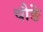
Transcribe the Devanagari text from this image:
चौङे